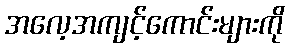
အလေ့အကျင့်ကောင်းများကို